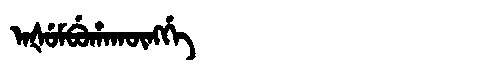
Manchu: ᠠᡧᡠᠮᠪᡠᡥᠠᡴᡡᠩᡤᡝ
Romanization: AŠUMBUHAKŪNGGE